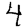
Digit: 4